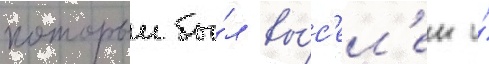
которыи бы́л вы́с'ел'ен и́